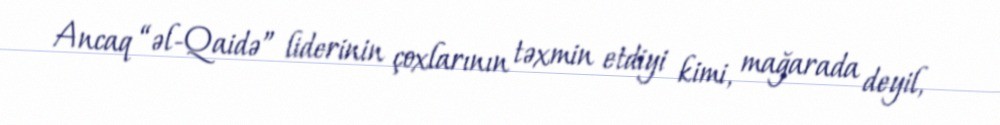
Ancaq “əl-Qaidə” liderinin çoxlarının təxmin etdiyi kimi, mağarada deyil,